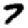
Digit: 7